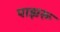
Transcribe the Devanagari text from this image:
पाझरू